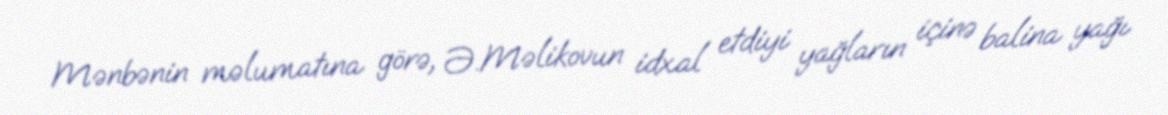
Mənbənin məlumatına görə, Ə.Məlikovun idxal etdiyi yağların içinə balina yağı